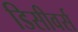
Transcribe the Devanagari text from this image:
डिसीवर्स